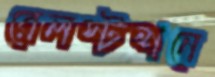
রেলস্টশনে